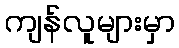
ကျန်လူများမှာ